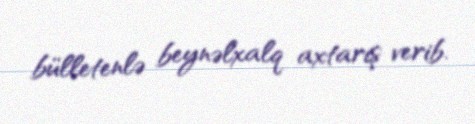
bülletenlə beynəlxalq axtarış verib.